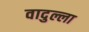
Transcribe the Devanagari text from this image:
वादुल्ला